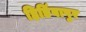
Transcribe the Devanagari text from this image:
हिडिंबापुर